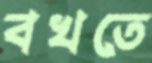
বখতে